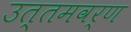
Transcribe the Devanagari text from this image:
उत्तमवर्ण